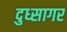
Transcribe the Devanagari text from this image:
दुध्सागर